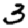
Digit: 3